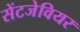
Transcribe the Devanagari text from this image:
सेंटजेवियर